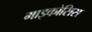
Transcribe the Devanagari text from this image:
माइकोसिस